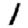
Digit: 1